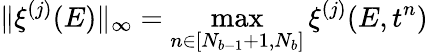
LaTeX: \| \xi^{(j)}(E)\| _{\infty}=\operatorname*{max}_{n\in[N_{b-1}+1,N_{b}]}\xi^{(j)}(E,t^{n})